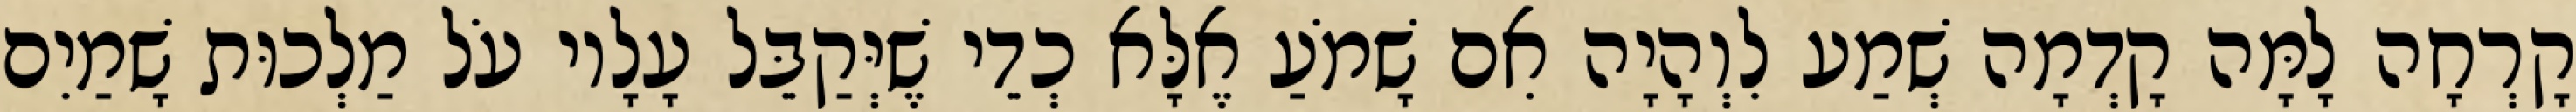
קָרְחָה לָמָּה קָדְמָה שְׁמַע לִוְהָיָה אִם שָׁמֹעַ אֶלָּא כְדֵי שֶׁיְּקַבֵּל עָלָיו עֹל מַלְכוּת שָׁמַיִם